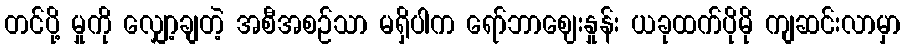
တင်ပို့ မှုကို လျှော့ချတဲ့ အစီအစဉ်သာ မရှိပါက ရော်ဘာဈေးနှုန်း ယခုထက်ပိုမို ကျဆင်းလာမှာ